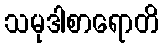
သမုဒါစာရောတိ